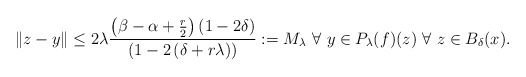
\begin{align*}\Vert z-y\Vert \leq 2\lambda \frac{\left( \beta -\alpha +\frac{r}{2}\right)\left( 1-2\delta \right) }{\left( 1-2\left( \delta +r\lambda \right) \right) }:=M_{\lambda } \ \forall\ y\in P_{\lambda }(f)(z)\ \forall\ z\in B_{\delta }(x).\end{align*}